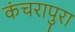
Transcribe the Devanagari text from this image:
कंचरापुरा